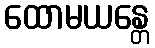
ထောမယန္တေ